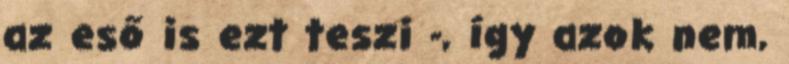
az eső is ezt teszi -, így azok nem,